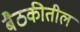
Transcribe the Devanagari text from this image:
बैठकीतील